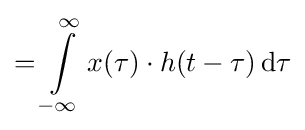
=\int \limits _{-\infty }^{\infty }x(\tau )\cdot h(t-\tau )\,\mathrm {d} \tau